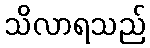
သိလာရသည်